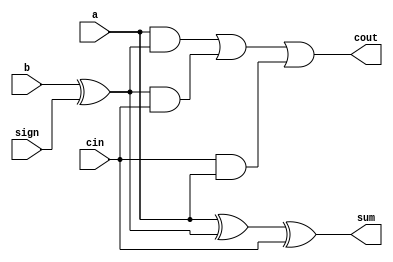
`timescale 1ns / 1ps
//////////////////////////////////////////////////////////////////////////////////
// Company: 
// Engineer: 
// 
// Design Name: 
// Module Name:    full_adder 
// Project Name: 
// Target Devices: 
// Tool versions: 
// Description: 
//
// Dependencies: 
//
// Revision: 
// Revision 0.01 - File Created
// Additional Comments: 
//
//////////////////////////////////////////////////////////////////////////////////
module full_adder(a, b, cin, sign, sum, cout
);
input a;
input b;
input cin;
input sign;
output sum;
wire sum;
output cout;
wire cout;
assign sum = a^(b^sign)^cin;
assign cout = (a & (b^sign)) | ((b^sign) & cin) | (cin & a);
endmodule